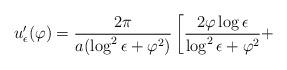
LaTeX: \begin{align*} u'_{\epsilon}(\varphi)=\frac{2\pi}{a(\log^2\epsilon+\varphi^2)}\left[\frac{2\varphi\log\epsilon} {\log^2\epsilon+\varphi^2}+\right. \end{align*}